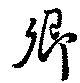
卿